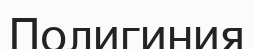
Полигиния